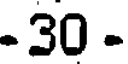
-30 -